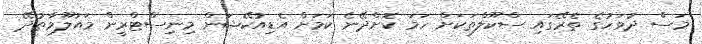
މަސް ދުވަހުގެ ތެރޭގައި ސްކޫލްތަކަށް ހަމަ ކޮށްދޭނެ ކަމަށް އެޑިއުކޭޝަން މިނިސްޓްރީން މައުލޫމާތުދޭ